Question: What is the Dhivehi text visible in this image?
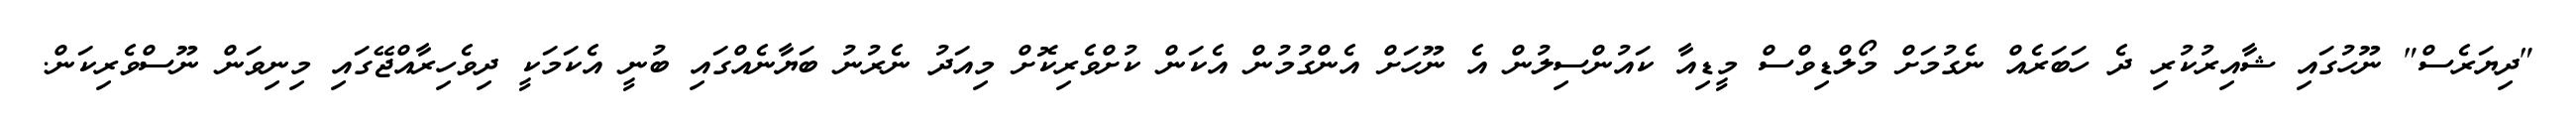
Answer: "ދިޔަރެސް" ނޫހުގައި ޝާއިރުކުރި ދެ ހަބަރެއް ނެގުމަށް މޯލްޑިވްސް މީޑިއާ ކައުންސިލުން އެ ނޫހަށް އެންގުމުން އެކަން ކުށްވެރިކޮށް މިއަދު ނެރުނު ބަޔާނެއްގައި ބުނީ އެކަމަކީ ދިވެހިރާއްޖޭގައި މިނިވަން ނޫސްވެރިކަން.